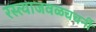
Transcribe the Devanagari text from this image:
रस्त्याजवळचचर्नी